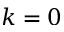
k = 0